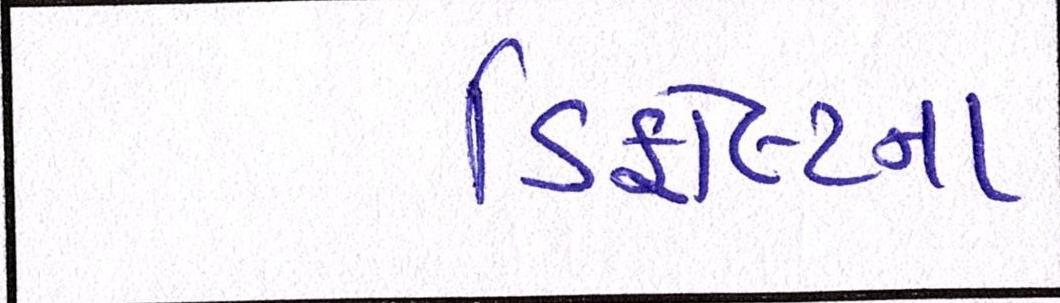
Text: ડિફોલ્ટના